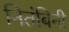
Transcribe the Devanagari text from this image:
नितंबिनी